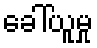
ခေါ်ယူမှု